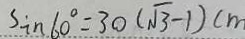
S i n 6 0 ^ { \circ } = 3 0 ( \sqrt { 3 } - 1 ) c m